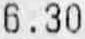
6.30